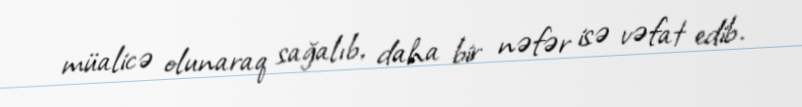
müalicə olunaraq sağalıb, daha bir nəfər isə vəfat edib.